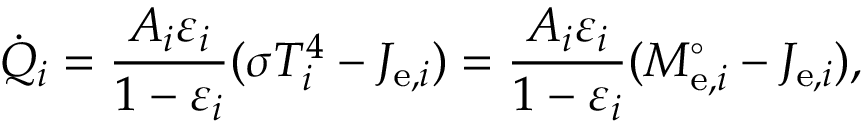
{ \dot { Q } } _ { i } = { \frac { A _ { i } \varepsilon _ { i } } { 1 - \varepsilon _ { i } } } ( \sigma T _ { i } ^ { 4 } - J _ { \mathrm { e } , i } ) = { \frac { A _ { i } \varepsilon _ { i } } { 1 - \varepsilon _ { i } } } ( M _ { \mathrm { e } , i } ^ { \circ } - J _ { \mathrm { e } , i } ) ,